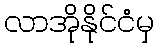
လာအိုနိုင်ငံမှ